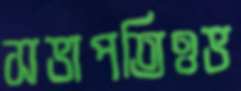
সভাপতিওভ